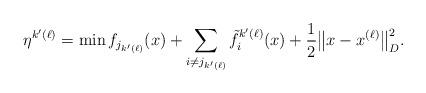
LaTeX: \begin{align*} \eta^{k'(\ell)} = \min f_{j_{k'(\ell)}}(x) + \sum_{i\neq j_{k'(\ell)}}\tilde{f}^{k'(\ell)}_i(x) + \frac{1}{2}\big\|x-x^{(\ell)}\big\|_D^2. \end{align*}